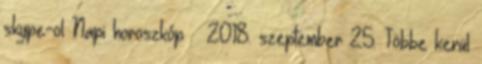
skype-ol Napi horoszkóp – 2018. szeptember 25. Többe kerül